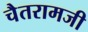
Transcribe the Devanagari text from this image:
चैतरामजी